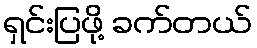
ရှင်းပြဖို့ ခက်တယ်